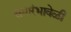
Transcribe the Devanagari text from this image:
समारंभावेळी